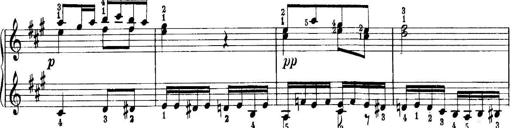
Title: Quatres sonatines
Composer: Tadeusz Joteyko